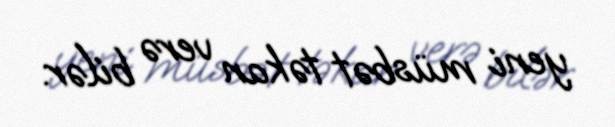
yeni müsbət təkan verə bilər.